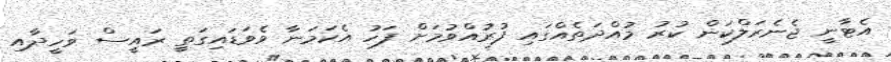
އެޓާނީ ޖެނެރަލްކަން ކުރު މުއްދަތެއްގައި ފުރުއްވުމަށް ފަހު އެކަމަނާ ވެވަޑައިގަތީ ރައީސް ވަހީދާއި